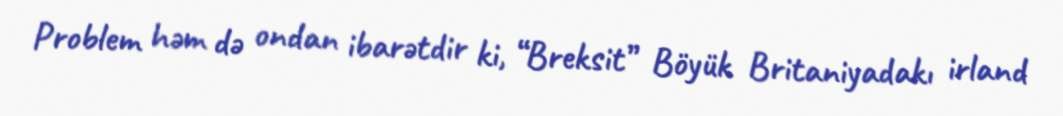
Problem həm də ondan ibarətdir ki, “Breksit” Böyük Britaniyadakı irland